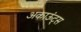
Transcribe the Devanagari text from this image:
अकाऊंट्‌स